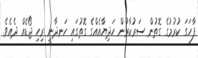
ފާހަގަ ކުރުމުގެ ގޮތުން ސަރުކާރުން ހަދިޔާއެއްގެ ގޮތުގައި ހަނދާނީ ރިހި ޖޯޑެއް ދެއެވެ.